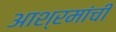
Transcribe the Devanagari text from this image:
आश्रमांची